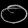
Digit: ၀